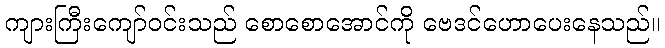
ကျားကြီးကျော်ဝင်းသည် စောစောအောင်ကို ဗေဒင်ဟောပေးနေသည်။